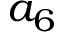
a _ { 6 }